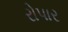
રોપાર